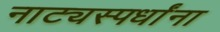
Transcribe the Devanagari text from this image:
नाट्यस्पर्धांना